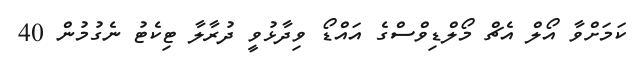
ކަމަށްވާ އޯލް އެޗް މޯލްޑިވްސްގެ އައްޑޯ ވިދާޅުވީ ދުރާލާ ޓިކެޓު ނެގުމުން 40